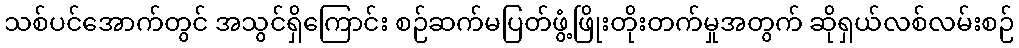
သစ်ပင်အောက်တွင် အသွင်ရှိကြောင်း စဉ်ဆက်မပြတ်ဖွံ့ဖြိုးတိုးတက်မှုအတွက် ဆိုရှယ်လစ်လမ်းစဉ်